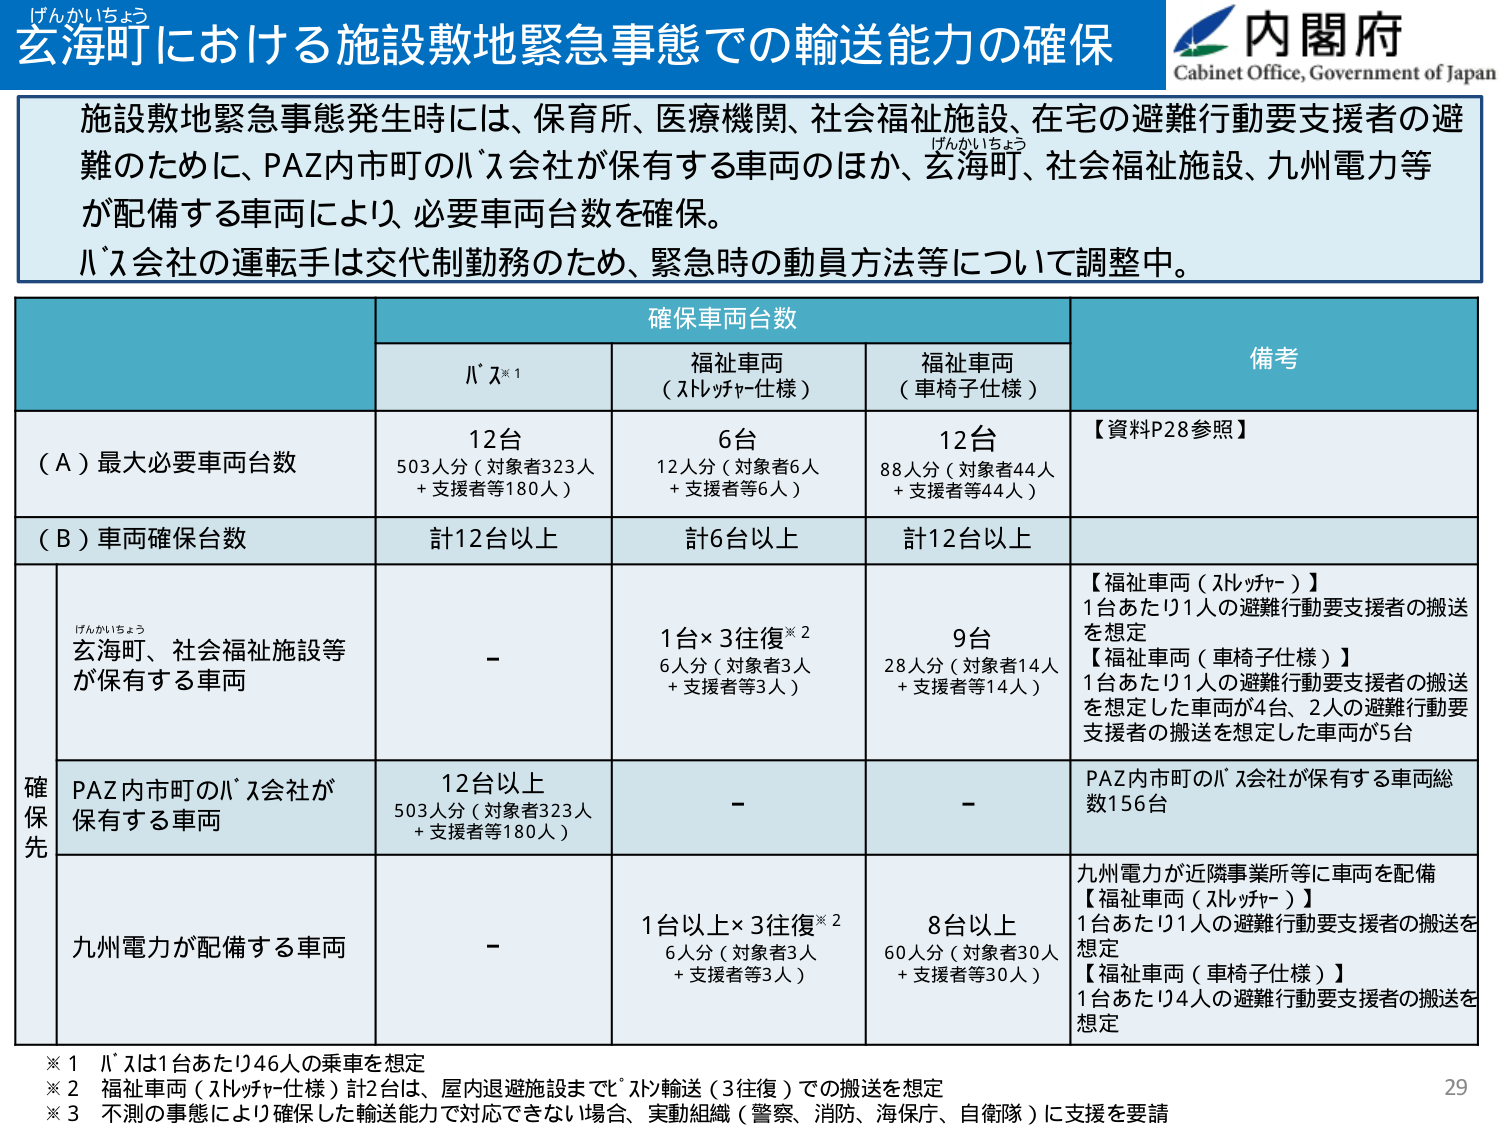
げんかいちょう
玄海町における施設敷地緊急事態での輸送能力の確保
内閣府
Cabinet Office, Government of Japan

施設敷地緊急事態発生時には、保育所、医療機関、社会福祉施設、在宅の避難行動要支援者の避難のために、PAZ内市町のバス会社が保有する車両のほか、玄海町、社会福祉施設、九州電力等が配備する車両により、必要車両台数を確保。
バス会社の運転手は交代制勤務のため、緊急時の動員方法等について調整中。

確保車両台数
備考

バス※1
福祉車両（ストレッチャー仕様）
福祉車両（車椅子仕様）

（Ａ）最大必要車両台数
12台
503人分（対象者323人＋支援者等180人）
6台
12人分（対象者6人＋支援者等6人）
12台
88人分（対象者44人＋支援者等44人）
【資料P28参照】

（Ｂ）車両確保台数
計12台以上
計6台以上
計12台以上

確保先
げんかいちょう
玄海町、社会福祉施設等が保有する車両
－
1台×3往復※2
6人分（対象者3人＋支援者等3人）
9台
28人分（対象者14人＋支援者等14人）
【福祉車両（ストレッチャー）】
1台あたり1人の避難行動要支援者の搬送を想定
【福祉車両（車椅子仕様）】
1台あたり1人の避難行動要支援者の搬送を想定した車両が4台、2人の避難行動要支援者の搬送を想定した車両が5台

PAZ内市町のバス会社が保有する車両
12台以上
503人分（対象者323人＋支援者等180人）
－
－
PAZ内市町のバス会社が保有する車両総数156台

九州電力が配備する車両
－
1台以上×3往復※2
6人分（対象者3人＋支援者等3人）
8台以上
60人分（対象者30人＋支援者等30人）
九州電力が近隣事業所等に車両を配備
【福祉車両（ストレッチャー）】
1台あたり1人の避難行動要支援者の搬送を想定
【福祉車両（車椅子仕様）】
1台あたり4人の避難行動要支援者の搬送を想定

※1 バスは1台あたり46人の乗車を想定
※2 福祉車両（ストレッチャー仕様）計2台は、屋内退避施設までバス輸送（3往復）での搬送を想定
※3 不測の事態により確保した輸送能力で対応できない場合、実動組織（警察、消防、海保庁、自衛隊）に支援を要請

29